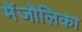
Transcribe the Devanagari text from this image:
मेंजोलिका